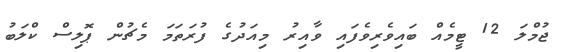
ޖުމްލަ 12 ޓީމެއް ބައިވެރިވެފައި ވާއިރު މިއަދުގެ ފުރަތަމަ މެޗުން ޕޮލިސް ކްލަބު